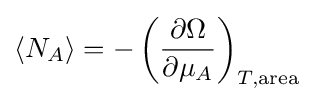
\langle N_{A}\rangle =-\left({\frac {\partial \Omega }{\partial \mu _{A}}}\right)_{T,{\text{area}}}